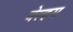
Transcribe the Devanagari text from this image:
वेल्हम